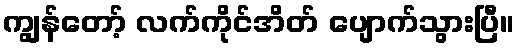
ကျွန်တော့် လက်ကိုင်အိတ် ပျောက်သွားပြီ။